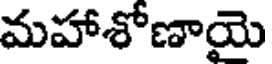
మహాశోణాయె